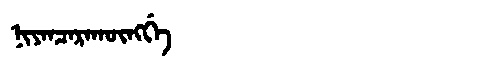
Manchu: ᠨᡳᠶᠠᠨᠴᠠᡵᠠᡴᡡᠩᡤᡝ
Romanization: NIYANCARAKŪNGGE